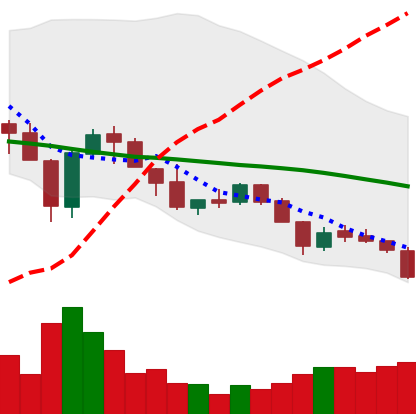
Ticker: XLM-USD
Chart end date: 2018-05-28
Forward return: 17.679%
Label: up_7plus